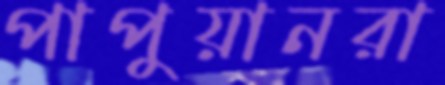
পাপুয়ানরা